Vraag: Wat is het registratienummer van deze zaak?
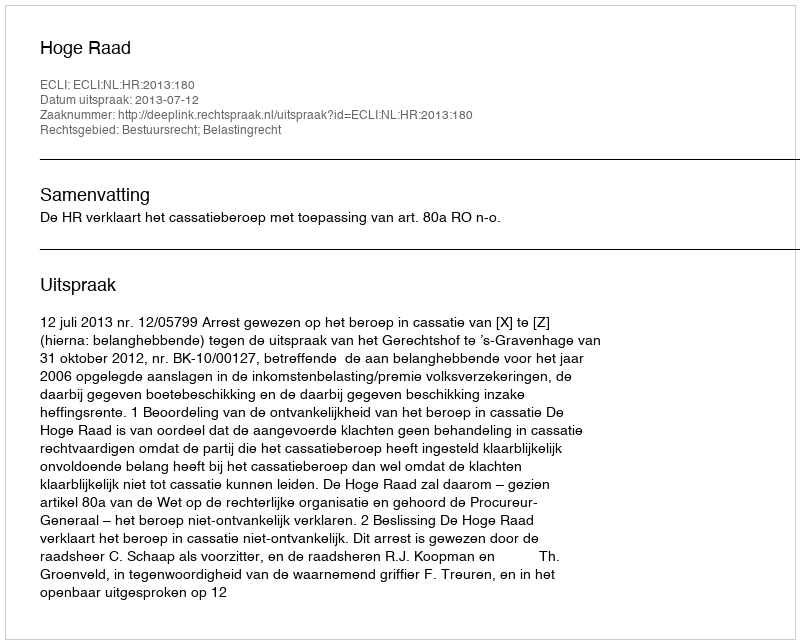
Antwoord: http://deeplink.rechtspraak.nl/uitspraak?id=ECLI:NL:HR:2013:180